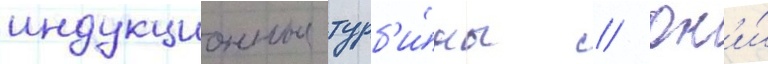
индукционные турб'и́ны // Он'и́